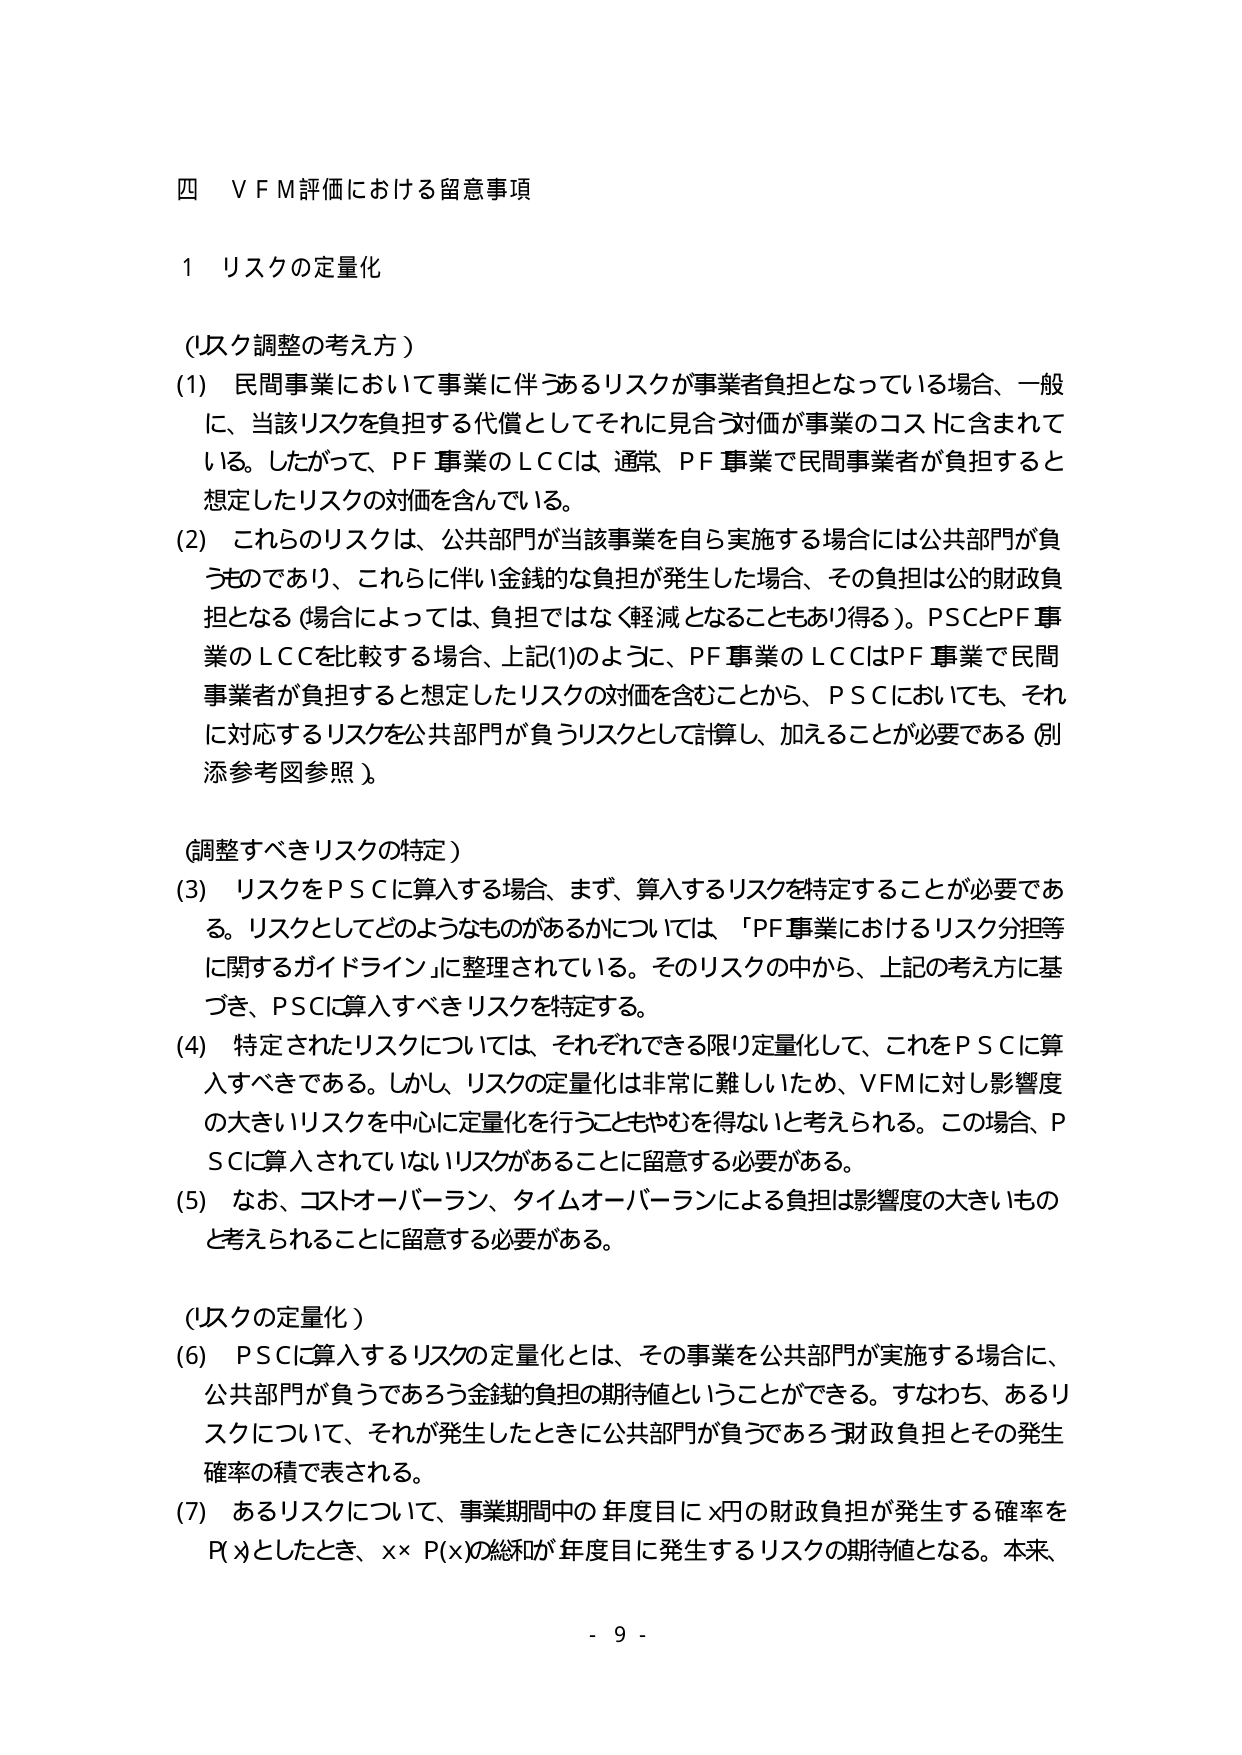
四　ＶＦＭ評価における留意事項

１　リスクの定量化

（リスク調整の考え方）

(1)　民間事業において事業に伴うリスクが事業者負担となっている場合、一般に、当該リスクを負担する代償としてそれに見合う対価が事業のコストに含まれている。したがって、PF事業のＬＣＣは、通常、PF事業で民間事業者が負担すると想定したリスクの対価を含んでいる。

(2)　これらのリスクは、公共部門が当該事業を自ら実施する場合には公共部門が負うものであり、これらに伴い金銭的な負担が発生した場合、その負担は公的財政負担となる（場合によっては、負担ではなく軽減となることもあり得る）。ＰＳＣとＰＦ事業のＬＣＣを比較する場合、上記(1)のように、ＰＦ事業のＬＣＣはＰＦ事業で民間事業者が負担すると想定したリスクの対価を含むことから、ＰＳＣにおいても、それに対応するリスクを公共部門が負うリスクとして計算し、加えることが必要である（別添参考図参照）。

（調整すべきリスクの特定）

(3)　リスクをＰＳＣに算入する場合、まず、算入するリスクを特定することが必要である。リスクとしてどのようなものがあるかについては、「ＰＦ事業におけるリスク分担等に関するガイドライン」に整理されている。そのリスクの中から、上記の考え方に基づき、ＰＳＣに算入すべきリスクを特定する。

(4)　特定されたリスクについては、それぞれできる限り定量化して、これをＰＳＣに算入すべきである。しかし、リスクの定量化は非常に難しいため、ＶＦＭに対し影響度の大きいリスクを中心に定量化を行うこともやむを得ないと考えられる。この場合、ＰＳＣに算入されていないリスクがあることに留意する必要がある。

(5)　なお、コストオーバーラン、タイムオーバーランによる負担は影響度の大きいものと考えられることに留意する必要がある。

（リスクの定量化）

(6)　ＰＳＣに算入するリスクの定量化とは、その事業を公共部門が実施する場合に、公共部門が負うであろう金銭的負担の期待値ということができる。すなわち、あるリスクについて、それが発生したときに公共部門が負うであろう財政負担とその発生確率の積で表される。

(7)　あるリスクについて、事業期間中の年度目にｘ円の財政負担が発生する確率をＰ(ｘ)としたとき、ｘ×Ｐ(ｘ)の総和が年度目に発生するリスクの期待値となる。本来、

- 9 -